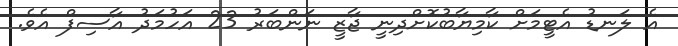
އެ ލަނޑު އެޓީމަށް ކާމިޔާބުކޮށްދިނީ ޖާޒީ ނަންބަރު 23 އަހުމަދު އާސިފް އެވެ.